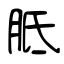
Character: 胝